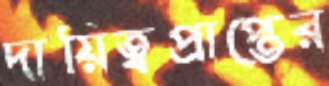
দায়িত্বপ্রাপ্তের